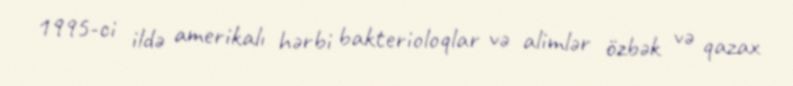
1995-ci ildə amerikalı hərbi bakterioloqlar və alimlər özbək və qazax